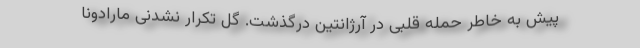
پیش به خاطر حمله قلبی در آرژانتین درگذشت. گل تكرار نشدنی مارادونا